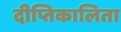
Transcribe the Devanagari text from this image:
दीप्तिकालिता